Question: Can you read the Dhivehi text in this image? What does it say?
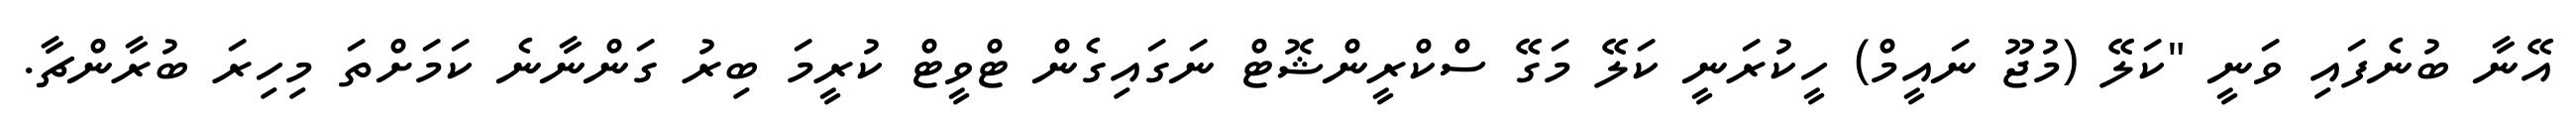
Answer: އޭނާ ބުނެފައި ވަނީ "ކަލޭ (މުޖޫ ނައީމް) ހީކުރަނީ ކަލޭ މަގޭ ސްކްރީންޝޮޓް ނަގައިގެން ޓްވީޓް ކުރީމަ ބިރު ގަންނާނެ ކަމަށްތަ މިހިރަ ބުރާންޗާ.